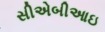
સીએબીઆઇ